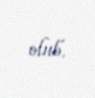
olub.